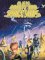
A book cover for Aliens, Robots, and Spaceships; Jeff Rovin; Reference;